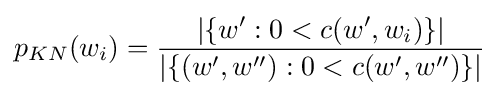
p_{KN}(w_{i})={\frac {|\{w':0<c(w',w_{i})\}|}{|\{(w',w''):0<c(w',w'')\}|}}